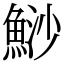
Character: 鯋